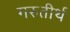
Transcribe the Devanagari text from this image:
गरुतीर्थ